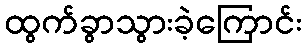
ထွက်ခွာသွားခဲ့ကြောင်း